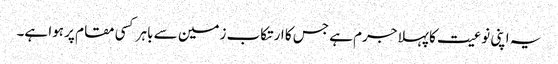
یہ اپنی نوعیت کا پہلا جرم ہے جس کا ارتکاب زمین سے باہر کسی مقام پر ہوا ہے۔